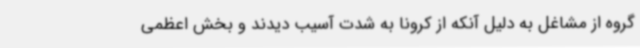
گروه از مشاغل به دلیل آنکه از کرونا به شدت آسیب دیدند و بخش اعظمی